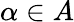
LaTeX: \alpha\in A